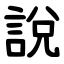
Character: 說